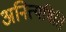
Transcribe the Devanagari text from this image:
अनित्यमिति